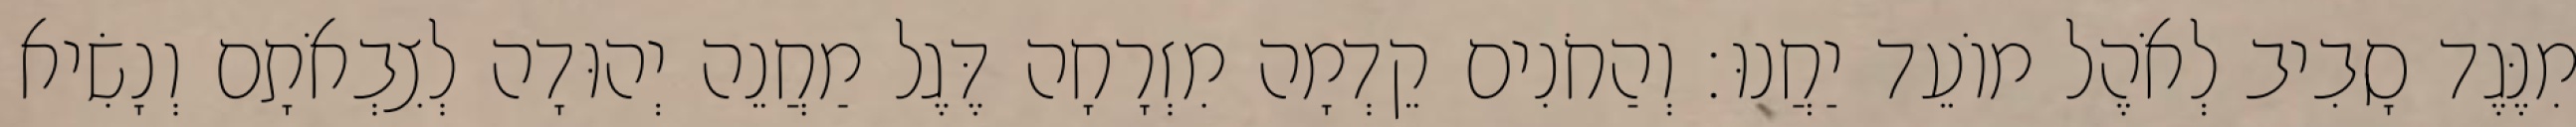
מִנֶּגֶד סָבִיב לְאֹהֶל מוֹעֵד יַחֲנוּ׃ וְהַחֹנִים קֵדְמָה מִזְרָחָה דֶּגֶל מַחֲנֵה יְהוּדָה לְצִבְאֹתָם וְנָשִׂיא